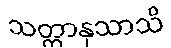
သတ္ထာနုသာသိ